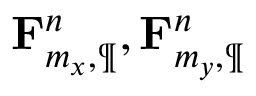
\mathbf { F } _ { m _ { x } , \P } ^ { n } , \mathbf { F } _ { m _ { y } , \P } ^ { n }